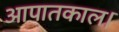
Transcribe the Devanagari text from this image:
आपातकाल।